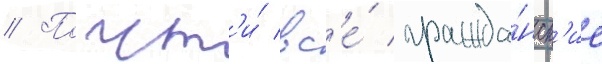
// Почт'и́ вс'е́ гражда́нск'ие